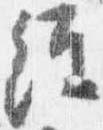
経